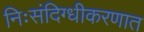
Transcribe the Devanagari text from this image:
निःसंदिग्धीकरणात